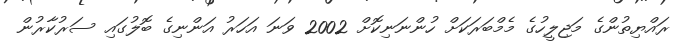
ރައްޔިތުންގެ މަޖިލީހުގެ މެމްބަރަކަށް ހުންނަނިކޮށް 2002 ވަނަ އަހަރު އަންނިގެ ބޮލުގައި ސަރުކާރުން